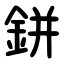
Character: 鉼